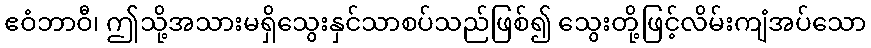
ဧဝံဘာဝီ၊ ဤသို့အသားမရှိသွေးနှင်သာစပ်သည်ဖြစ်၍ သွေးတို့ဖြင့်လိမ်းကျံအပ်သော